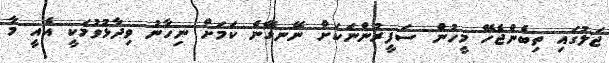
ޖަލުގައި ތިބެންޖެހޭ މީހުން ސަފީރުންނަކަށް ނޭނގޭނެ ކަމަށް ނިހާނު ވިދާޅުވުމަކީ އެއީ މާ